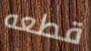
قطعه